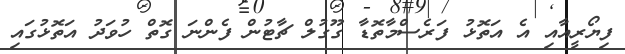
ފިޔޯރީއާއި އެ އަތޮޅު ފަރެސްމާތޮޑާ ގޫގުލް ޗާޓުން ފެންނަ ގޮތް ހުވަދު އަތޮޅުގައި